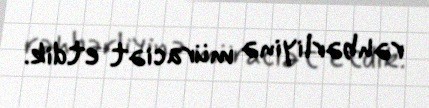
rəhbərliyinə müraciət etdik.